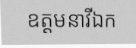
ឧត្តមនាវីឯក